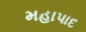
મહાપાદ